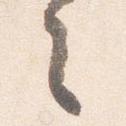
之